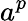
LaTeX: a^{p}